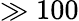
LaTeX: \gg 100